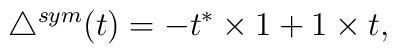
\triangle^{sym} (t) = -t^* \times 1 + 1\times t,